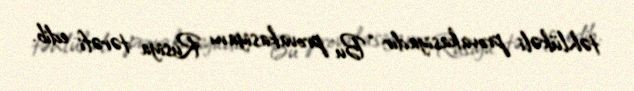
təhlükəli provakasiyadır: “Bu provakasiyanı Rusiya tərəfi edib.